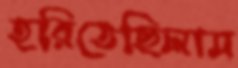
হরিতেছিলাম